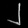
Digit: ၂